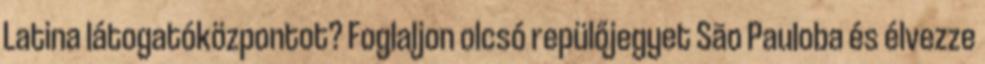
Latina látogatóközpontot? Foglaljon olcsó repülőjegyet São Pauloba és élvezze